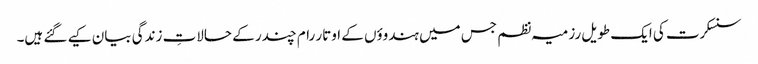
سنسکرت کی ایک طویل رزمیہ نظم جس میں ہندوؤں کے اوتار رام چندر کے حالاتِ زندگی بیان کیے گئے ہیں۔